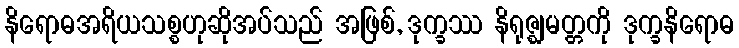
နိရောဓအရိယသစ္စဟုဆိုအပ်သည် အဖြစ်, ဒုက္ခဿ နိရုဇ္ဈမတ္တကို ဒုက္ခနိရောဓ